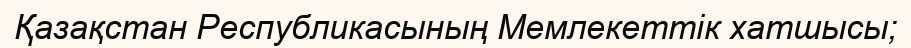
Қазақстан Республикасының Мемлекеттік хатшысы;